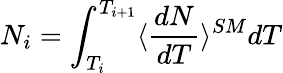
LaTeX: N_{i}=\int_{T_{i}}^{T_{i+1}}\langle\frac{dN}{dT}\rangle^{SM}dT